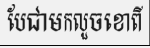
បែជាមកលួចខោពី